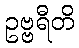
ဥဗ္ဗရီတိ